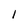
Character: l